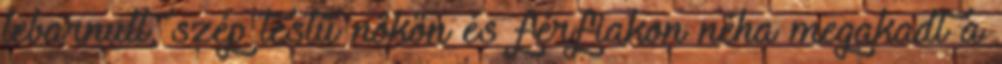
lebarnult, szép testű nőkön és férfiakon néha megakadt a